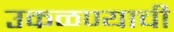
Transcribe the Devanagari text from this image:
उकळण्याची